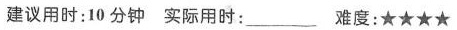
建议用时:10 分钟 实际用时:___ 难度:★★★★